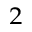
^ { 2 }